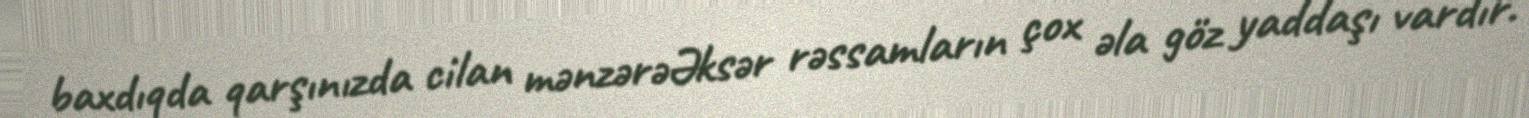
baxdıqda qarşınızda cilan mənzərəƏksər rəssamların çox əla göz yaddaşı vardır.